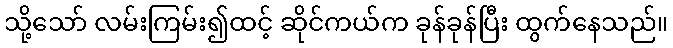
သို့သော် လမ်းကြမ်း၍ထင့် ဆိုင်ကယ်က ခုန်ခုန်ပြီး ထွက်နေသည်။